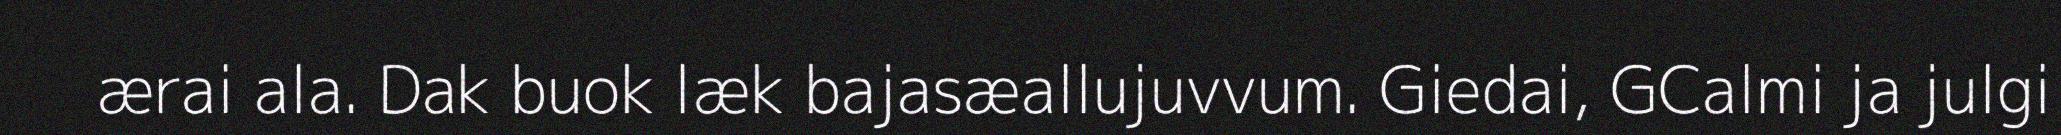
ærai ala. Dak buok læk bajasæallujuvvum. Giedai, GCalmi ja julgi